Indian journal of veterinary science and animal husbandry - Volumes 18-21, 1948-1951
Year: 1948
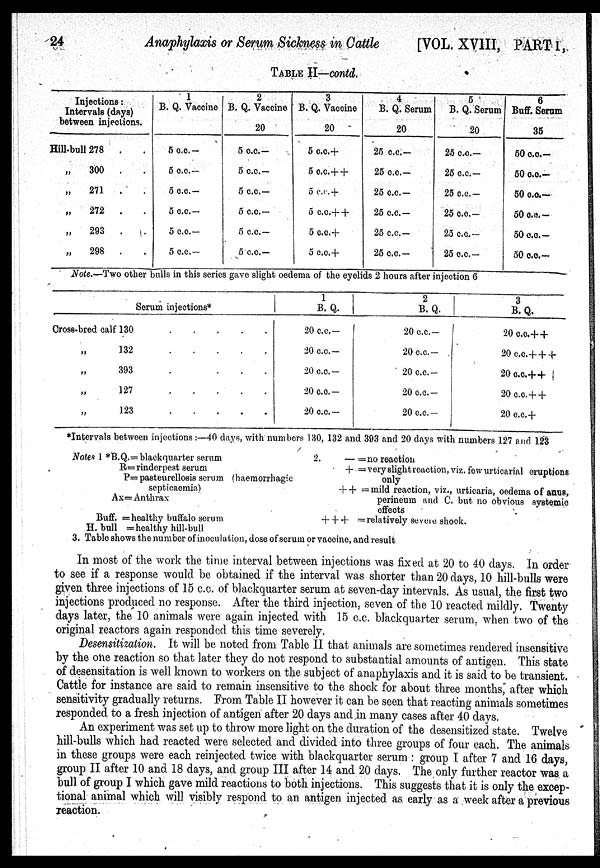
24
Anaphylaxis or Serum Sickness in Cattle
[VOL. XVIII, PART 1,
TABLE II—contd.
Injections:
Intervals (days)
between injections.
Hill-bull 278 . .
„
300
. .
„ 271 . .
„
272 .
.
„
293 . .
„ 298 . .
1
B. Q. Vaccine
5 c.c.—
5 c.c.—
5 c.c.—
5 c.c —
5 c.c.—
5 c.c.—
2
B. Q. Vaccine
20
5 c.c.—
5 c.c.—
5 c.c.—
5 c.c.—
5 c.c.—
5 c.c.—
3
B. Q. Vaccine
20
5 c.c.+
5 c.c.++
5 c.c. +
5 c.c.+ +
5 c.c.+
5 c.c.+
4
B. Q. Serum
20
25 c.c.—
25 c.c.—
25 c.c.—
25 c.c.—
25 c.c.—
25 c.c.—
5
B. Q. Serum
20
25 c.c—
25 c.c.—
25 c.c.—
25 c.c.—
25 c.c.—
25 c.c.—
6
Buff. Serum
35
50 c.c.—
50 c.c.—
50 c.c.—
50 c.c.—
50 c.c.—
50 c.c.—
Note.—Two other bulls in this series gave slight oedema of the eyelids 2 hours after injection 6
Serum injections*
Cross-bred calf 130 . . . . .
„ 132 . . . . .
„ 393
.
.
.
.
127 . . . . .
123 . . . . .
1
B. Q.
20 c.c.—
20 c.c.—
20 c.c.—
20 c.c.—
20 c.c.—
2
B. Q.
20 c.c.—
20 c.c.—
20 c.c.—
20 c.c.—
20 c.c.—
3
B. Q.
20 c.c.+ +
20 c.c.+ + +
20 c.c.++
20 c.c. + +
20 c.c.+
*Intervals between injections:—40 days, with numbers 130, 132 and 393 and 20 days with numbers 127 and 123
Notes 1 *B.Q.=blackquarter serum
R=rinderpest serum
P=pasteurellosis serum (haemorrhagic
septicaemia)
Ax=Anthrax
Buff. = healthy buffalo serum
H. bull =healthy hill-bull
2.
—= no reaction
+ = very slight reaction, viz. few urticarial eruptions
only
++ =mild reaction, viz., urticaria, oedema of anus,
perineum and C. but no obvious systemic
effects
+++ = relatively severe shock.
3. Table shows the number of inoculation, dose of serum or vaccine, and result
In most of the work the time interval between injections was fixed at 20 to 40 days. In order
to see if a response would be obtained if the interval was shorter than 20 days, 10 hill-bulls were
given three injections of 15 c.c. of blackquarter serum at seven-day intervals. As usual, the first two
injections produced no response. After the third injection, seven of the 10 reacted mildly. Twenty
days later, the 10 animals were again injected with 15 c.c. blackquarter serum, when two of the
original reactors again responded this time severely.
Desensitizaiion. It will be noted from Table II that animals are sometimes rendered insensitive
by the one reaction so that later they do not respond to substantial amounts of antigen. This state
of desensitation is well known to workers on the subject of anaphylaxis and it is said to be transient.
Cattle for instance are said to remain insensitive to the shock for about three months, after which
sensitivity gradually returns. From Table II however it can be seen that reacting animals sometimes
responded to a fresh injection of antigen after 20 days and in many cases after 40 days.
An experiment was set up to throw more light on the duration of the desensitized state. Twelve
hill-bulls which had reacted were selected and divided into three groups of four each. The animals
in these groups were each reinjected twice with blackquarter serum: group I after 7 and 16 days,
group II after 10 and 18 days, and group III after 14 and 20 days. The only further reactor was a
bull of group I which gave mild reactions to both injections. This suggests that it is only the excep-
tional animal which will visibly respond to an antigen injected as early as a week after a previous
reaction.